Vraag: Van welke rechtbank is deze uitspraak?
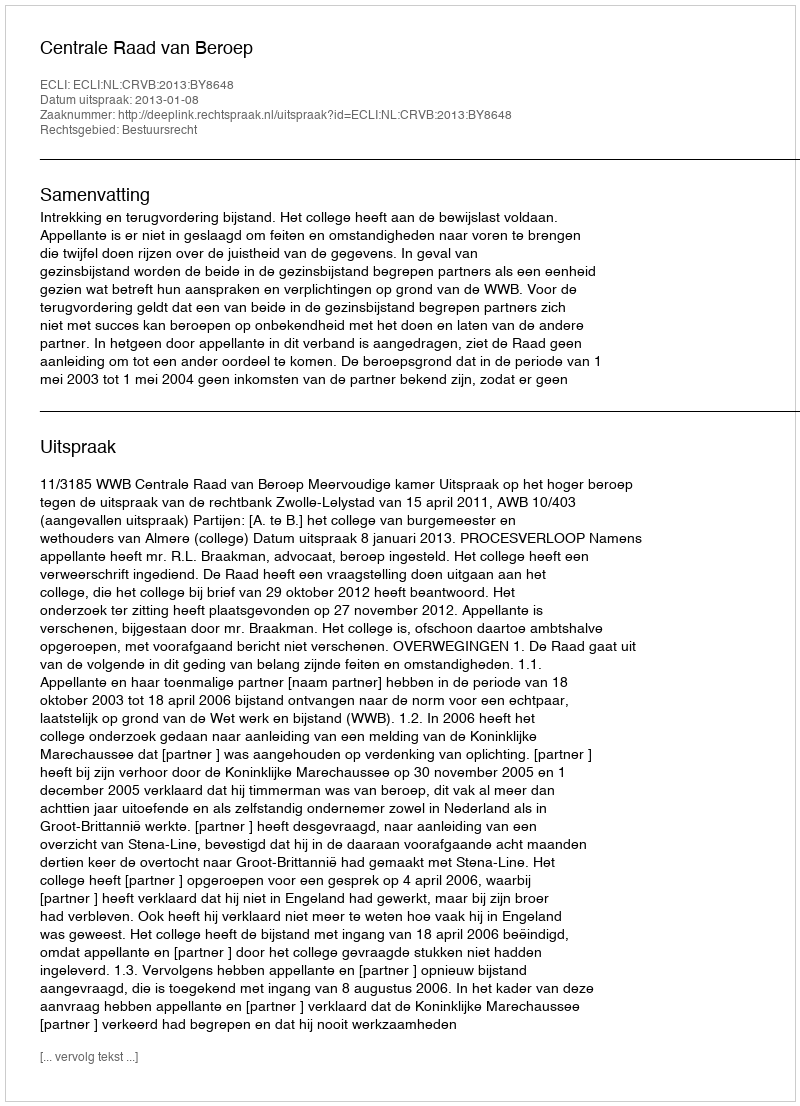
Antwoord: Centrale Raad van Beroep